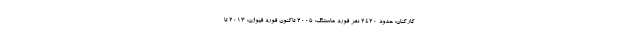
کارکنان: حدود 2420 نفر فورد ماستنگ: 2005 تاکنون فورد فیوژن: 2013 تا